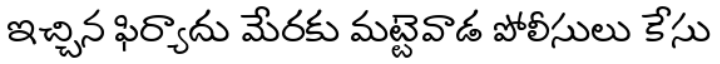
ఇచ్చిన ఫిర్యాదు మేరకు మట్టెవాడ పోలీసులు కేసు